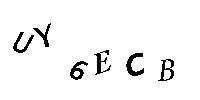
UY6ECB